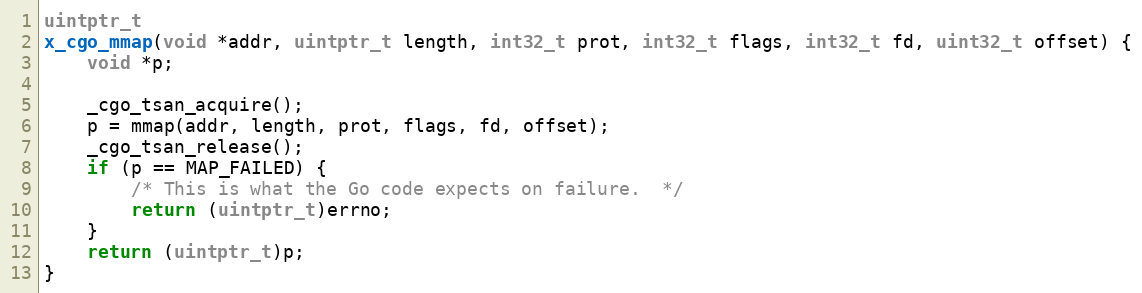
Language: C
uintptr_t
x_cgo_mmap(void *addr, uintptr_t length, int32_t prot, int32_t flags, int32_t fd, uint32_t offset) {
	void *p;

	_cgo_tsan_acquire();
	p = mmap(addr, length, prot, flags, fd, offset);
	_cgo_tsan_release();
	if (p == MAP_FAILED) {
		/* This is what the Go code expects on failure.  */
		return (uintptr_t)errno;
	}
	return (uintptr_t)p;
}